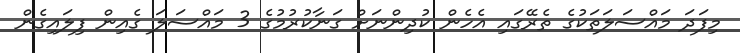
މިފަދަ މައްސަލަތަކުގެ ތެރޭގައި އެހެން ކުދިންނަށް ގަނާކުރުމުގެ 3 މައްސަލަ ގެއިން ފިލައިގެން